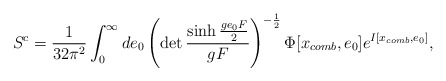
\begin{align*}S^{c}=\frac{1}{32\pi^{2}}\int_{0}^{\infty}de_{0}\left(\det\frac{\sinh\frac{ge_{0}F}{2}}{gF}\right)^{-\frac{1}{2}}\Phi[x_{comb},e_{0}]e^{I[x_{comb},e_{0}]},\end{align*}